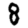
Digit: 8